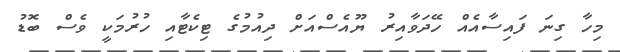
މިހާ ގިނަ ފައިސާއެއް ހޭދަވާއިރު ޔޫއެސްއަށް ދިއުމުގެ ޓިކެޓާއި ހުރުމަކީ ވެސް ބޮޑު